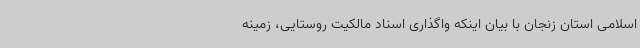
اسلامی استان زنجان با بیان اینکه واگذاری اسناد مالکیت روستایی، زمینه